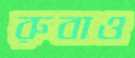
রুবাও